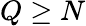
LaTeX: Q\geq N